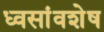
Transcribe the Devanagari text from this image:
ध्वसांवशेष